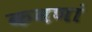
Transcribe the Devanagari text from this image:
कवणां